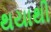
થયાથી